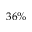
3 6 \%